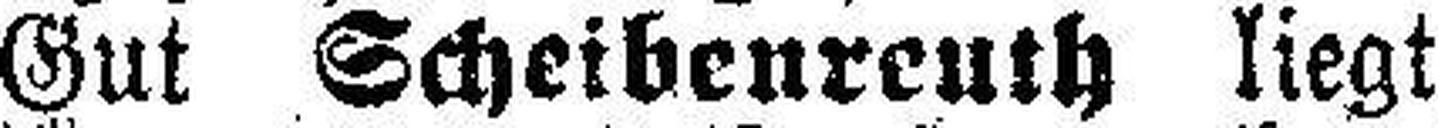
Gut Scheibenreuth liegt